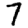
Digit: 7